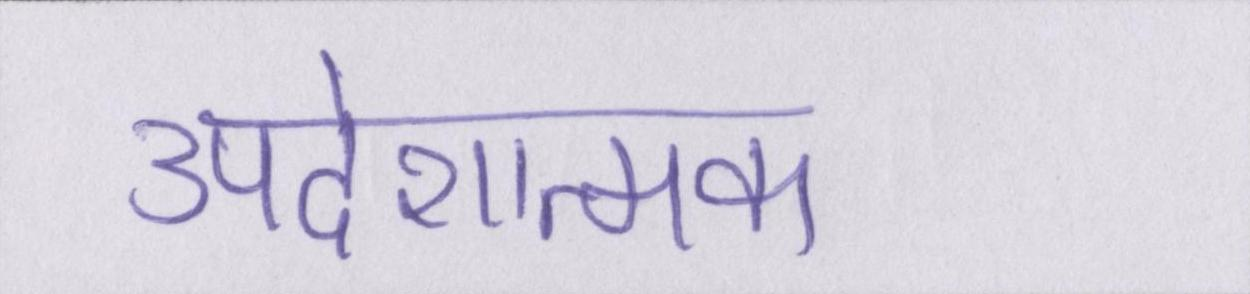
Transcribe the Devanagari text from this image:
उपदेशात्मक